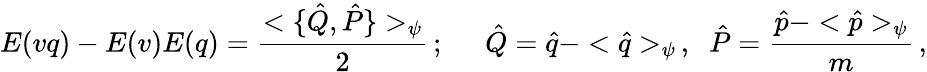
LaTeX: E(vq)-E(v)E(q)=\frac{<\{ \hat{Q},\hat{P}\} >_{\psi}}{2}\, ;\; \; \; \; \; \hat{Q}=\hat{q}-<\hat{q}>_{\psi}\, ,\; \; \hat{P}=\frac{\hat{p}-<\hat{p}>_{\psi}}{m}\, ,